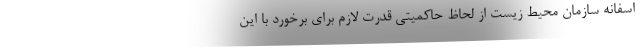
اسفانه سازمان محیط زیست از لحاظ حاکمیتی قدرت لازم برای برخورد با این